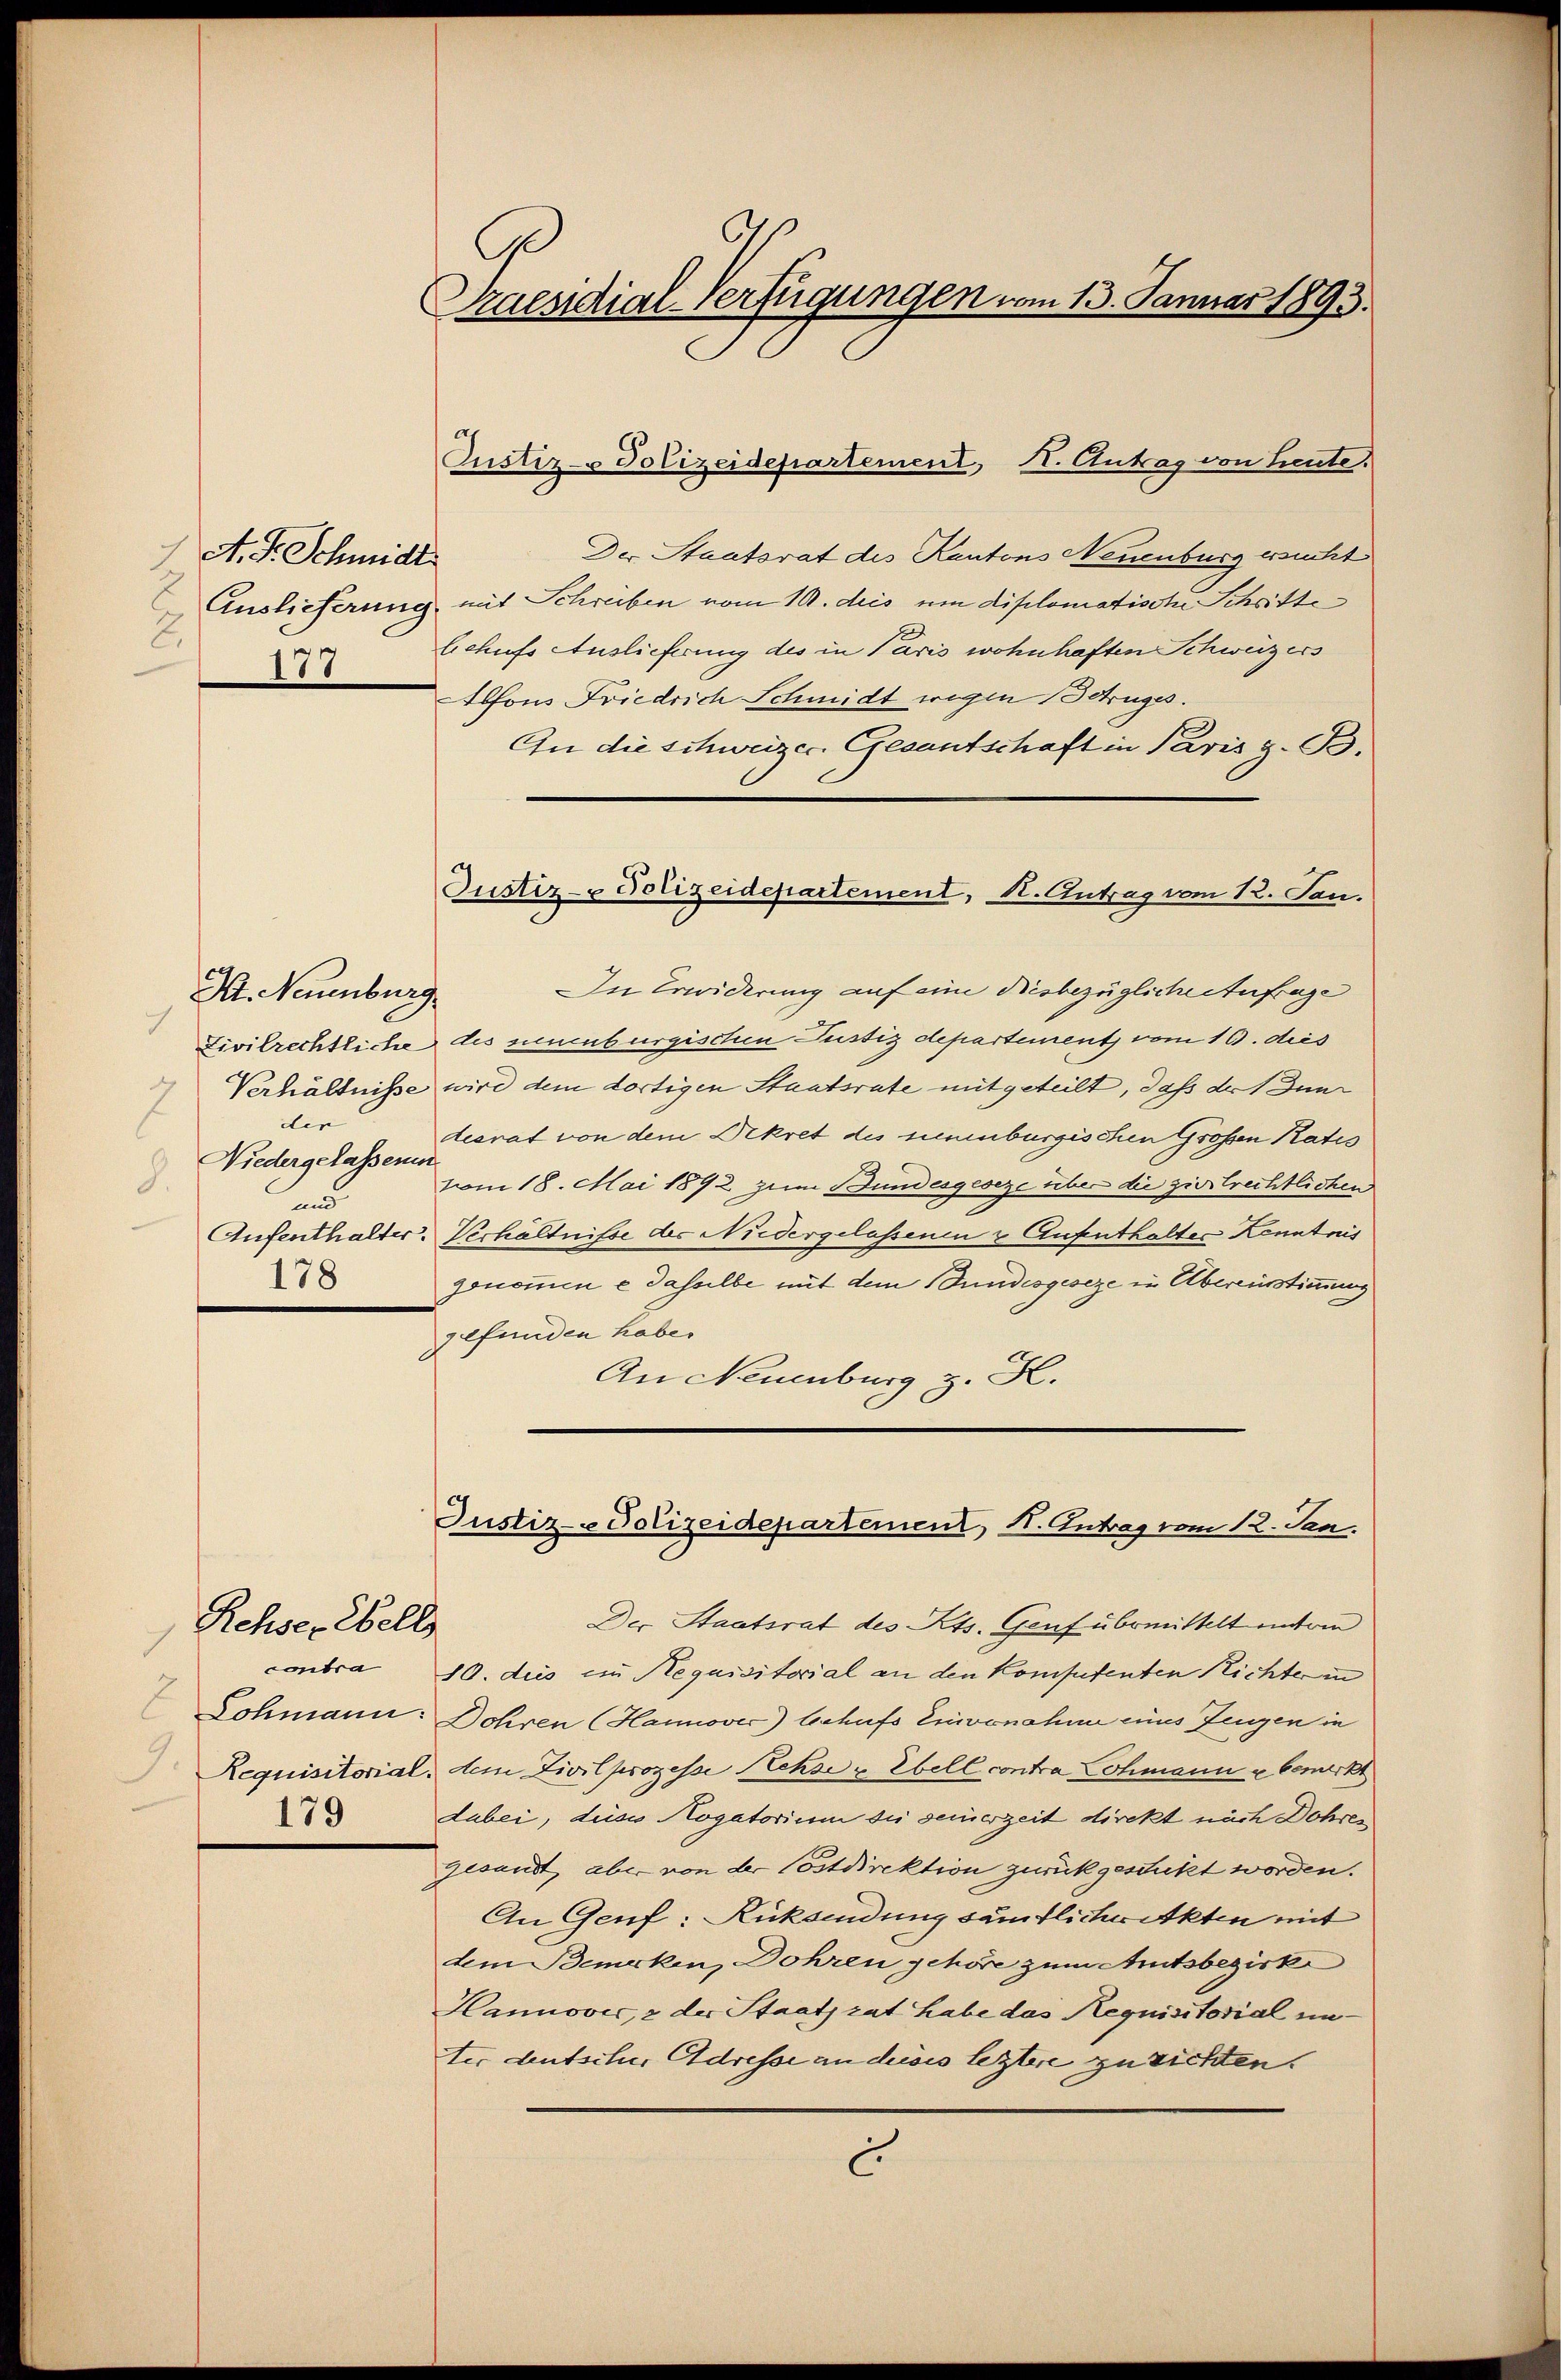
A. F. Schmidt.
2
178

A. Neuenburg
1
der |
Niedergelassenen
und
178

Rehser bell
contra
9.
179

Caesidial-Verfügungen vom 13. Januar 1893.

Custiz- Polizeidepartement, II. Antrag von heute.

Justiz- & Polizeidepartement, K. Antrag vom 12. Jan.

Der Staatsrat des Kantons Neuenburg ersucht
Auslieferung mit Schreiben vom 10. des um diplomatische Schritte
lchufs Auslieferung des in Paris wohnhaften Schweizers
Alfons Friedrich Schmidt wegen Betruges.
An die schweizer. Gesantschaft in Paris z. B.
Die Erwiderung auf eine diesbezüglichesterfrage
Livilrechtliche des sinenburgischen Justizdepartement vom 19. dies
Verhältnisse wird dem dortigen Staatsrate mitgeteilt, daß der 1 Jundesrat von dem Dekret des neuenburgischen Großen Rates
vom 18. Mai 1892 zum Bundesgeseze über die ziestrechtlichen
Aufenthalter. Verhältnisse des Niedergelassenen & Aufenthalter Kenntnis
genommen e dasselbe mit dem Bundesgeseze in Übereinstimmung
gefunden habe.
An Neuenburg z. R.

Justiz- Polizeidepartement, H. Antrag vom 12. Jan.
Der Staatsrat des Kts. Genf übermittelt untern

10. dies in Requisitorial an den Kompetenten Richter in
Schmann: Dohren (Hannover) behufs Einvernahme eines Zeugen in
Requisitorial, dem Zivilprozesse Achse u. Ebell contra Sohmann u bemerkt
dabei, dieses Mogatorium die seinerzeit direkt nach Dohren
gesandt aber von der Postdirektion zurückgestickt worden.
An Genf: Rücksendung sämtlichenkten mit
dem Bemerken, Dohren gehöre zum Amtsbezirke
Hannović, 2 der Staatsrat habe das Requisitorial unter deutscher Adresse an dieses leztere zu richten.
c